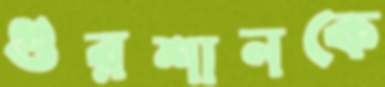
গুরশানকে